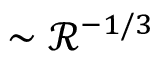
\sim \mathcal { R } ^ { - 1 / 3 }